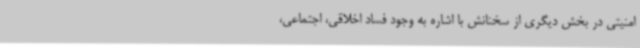
امنیتی در بخش دیگری از سخنانش با اشاره به وجود فساد اخلاقی، اجتماعی،